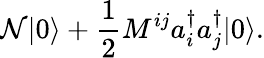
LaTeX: \mathcal{N}|0\rangle+\frac{{1}}{{2}}M^{ij}a_{i}^{\dagger}a_{j}^{\dagger}|0\rangle.